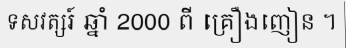
ទសវត្សរ៍ ឆ្នាំ 2000 ពី គ្រឿងញៀន ។